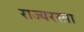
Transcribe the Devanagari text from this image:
राज्यरस्ता